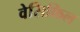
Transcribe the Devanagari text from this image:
वेसिकिल